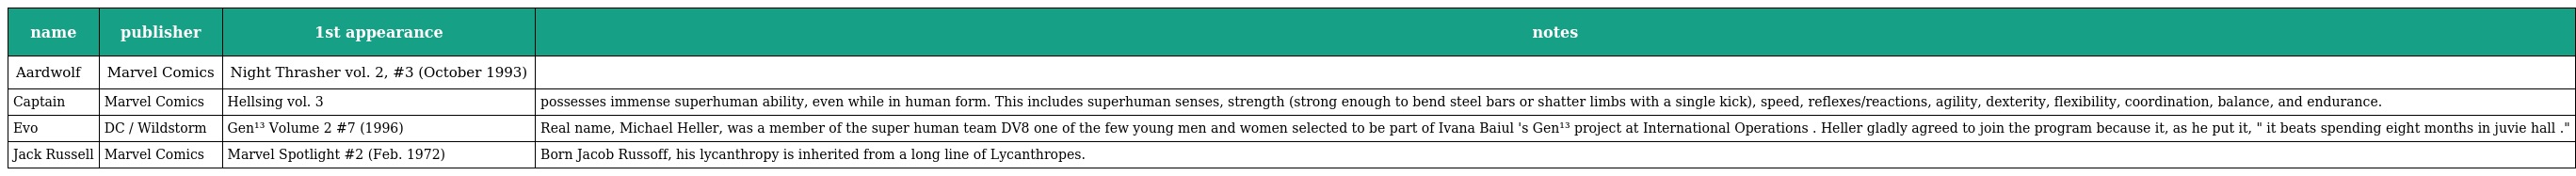
| name | publisher | 1st appearance | notes |
 | --- | --- | --- | --- |
 | Aardwolf | Marvel Comics | Night Thrasher vol. 2, #3 (October 1993) |  |
 | Captain | Marvel Comics | Hellsing vol. 3 | possesses immense superhuman ability, even while in human form. This includes superhuman senses, strength (strong enough to bend steel bars or shatter limbs with a single kick), speed, reflexes/reactions, agility, dexterity, flexibility, coordination, balance, and endurance. |
 | Evo | DC / Wildstorm | Gen¹³ Volume 2 #7 (1996) | Real name, Michael Heller, was a member of the super human team DV8 one of the few young men and women selected to be part of Ivana Baiul 's Gen¹³ project at International Operations . Heller gladly agreed to join the program because it, as he put it, " it beats spending eight months in juvie hall ." |
 | Jack Russell | Marvel Comics | Marvel Spotlight #2 (Feb. 1972) | Born Jacob Russoff, his lycanthropy is inherited from a long line of Lycanthropes. |